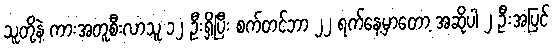
သူတို့နဲ့ ကားအတူစီးလာသူ ၁၂ ဦးရှိပြီး စက်တင်ဘာ ၂၂ ရက်နေ့မှာတော့ အဆိုပါ ၂ ဦးအပြင်